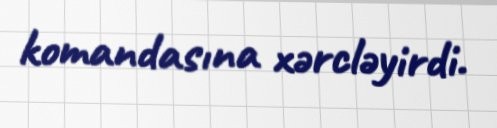
komandasına xərcləyirdi.